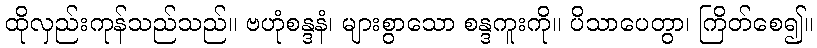
ထိုလှည်းကုန်သည်သည်။ ဗဟုံစန္ဒနံ၊ များစွာသော စန္ဒကူးကို။ ပိသာပေတွာ၊ ကြိတ်စေ၍။